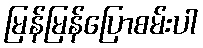
မြန်မြန်ပြောစမ်းပါ